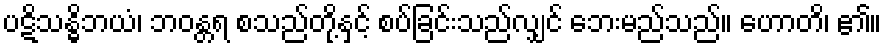
ပဋိသန္ဓိဘယံ၊ ဘဝန္တရ စသည်တို့နှင့် စပ်ခြင်းသည်လျှင် ဘေးမည်သည်။ ဟောတိ၊ ၏။